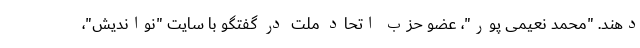
دهند. "محمد نعیمی پور"، عضو حزب اتحاد ملت در گفتگو با سایت "نواندیش"،